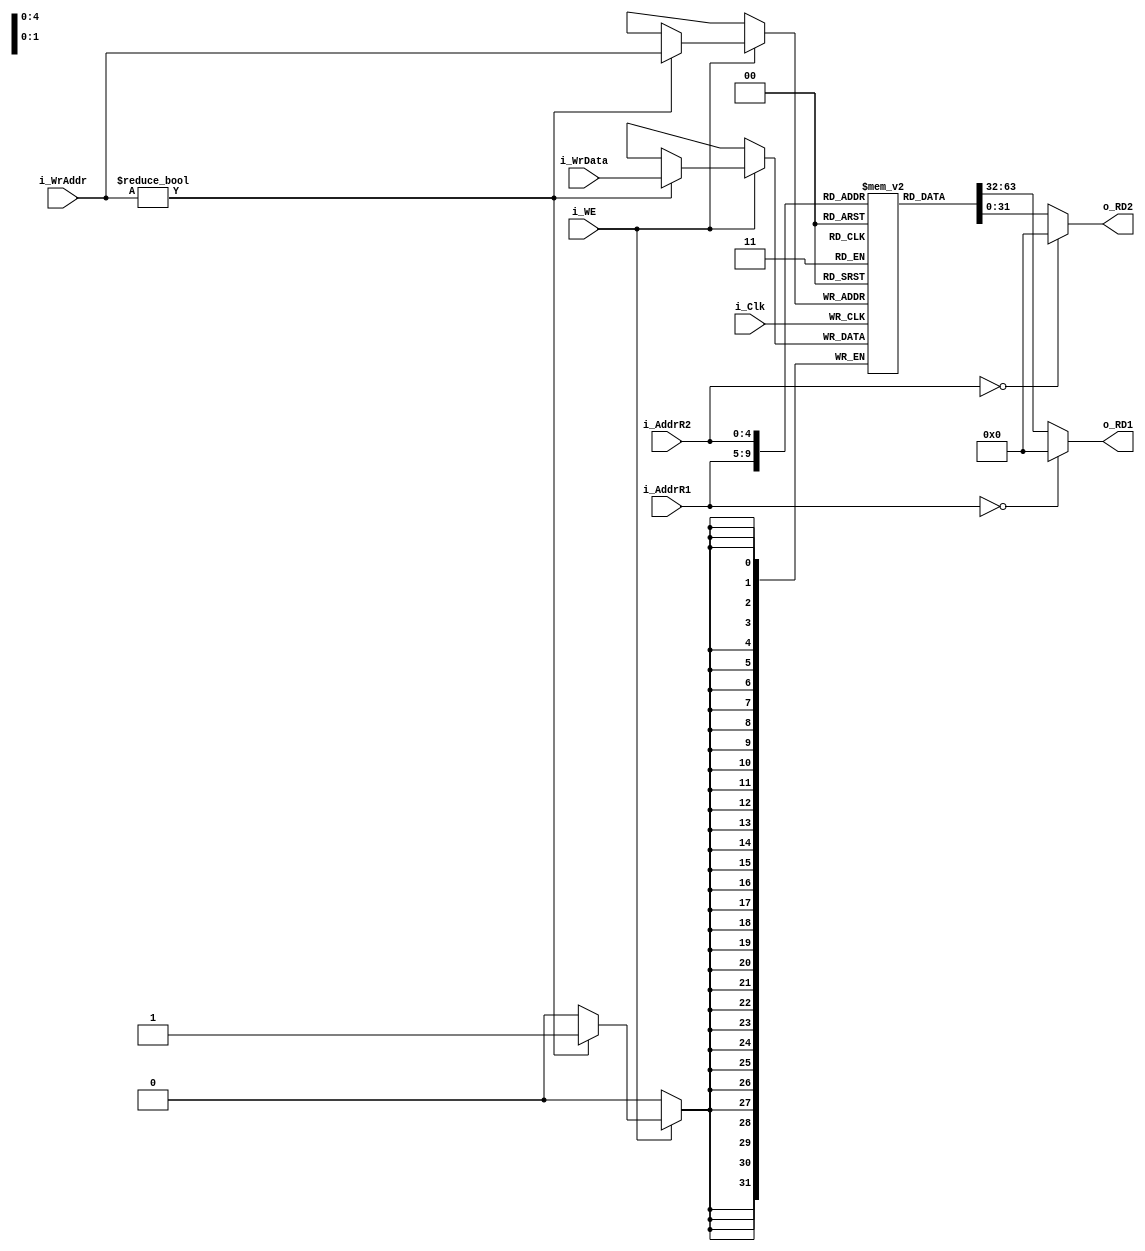
`timescale 1ns / 1ps

module RegFile(
    input i_Clk,

    input [4:0]i_AddrR1,
    output reg [31:0]o_RD1,

    input [4:0]i_AddrR2,
    output reg [31:0]o_RD2,

    input i_WE,
    input [4:0]i_WrAddr,
    input [31:0]i_WrData
    );

    //The registers, the first register is hard coded to 0
    reg [31:0] Registers[31:0];

    //Initalize the registers to 0 on startup
    integer i;
    initial begin
        for(i = 0; i < 32; i = i + 1)begin
            Registers[i] = 0;
        end
    end

    always @(*) begin
        o_RD1 <= (i_AddrR1 == 32'b0)? 32'b0: Registers[i_AddrR1];
        o_RD2 <= (i_AddrR2 == 32'b0)? 32'b0: Registers[i_AddrR2];
    end

    always @(negedge i_Clk)begin
        if(i_WE)begin
            if(i_WrAddr != 0)begin
                Registers[i_WrAddr] <= i_WrData; 
            end
        end
    end
endmodule